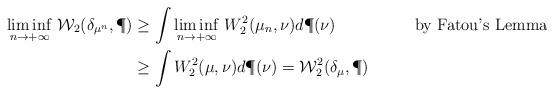
LaTeX: \begin{align*}\underset{n\rightarrow +\infty}{\liminf}\ \mathcal{W}_2(\delta_{\mu^n},\P) &\geq \int \underset{n\rightarrow +\infty}{\liminf}\ W_2^2(\mu_n,\nu)d\P(\nu) &\mbox{by Fatou's Lemma}&\\& \geq \int W_2^2(\mu,\nu)d\P(\nu)=\mathcal{W}_2^2(\delta_{\mu},\P)\qquad& &\end{align*}